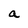
Character: a